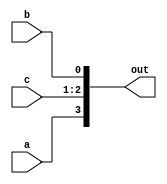
module sub_module(
	input        a,
	input        b,
	input  [1:0] c,
	output [3:0] out
);

assign out = {a,{c,b}};

endmodule

module nested_concats(
	input        a,
	input        b,
	input  [1:0] c,
	output       out_1,
	output [2:0] out_2
);

sub_module sub(
	.a(a),
	.b(b),
	.c(c),
	.out({out_2,out_1})
);

endmodule